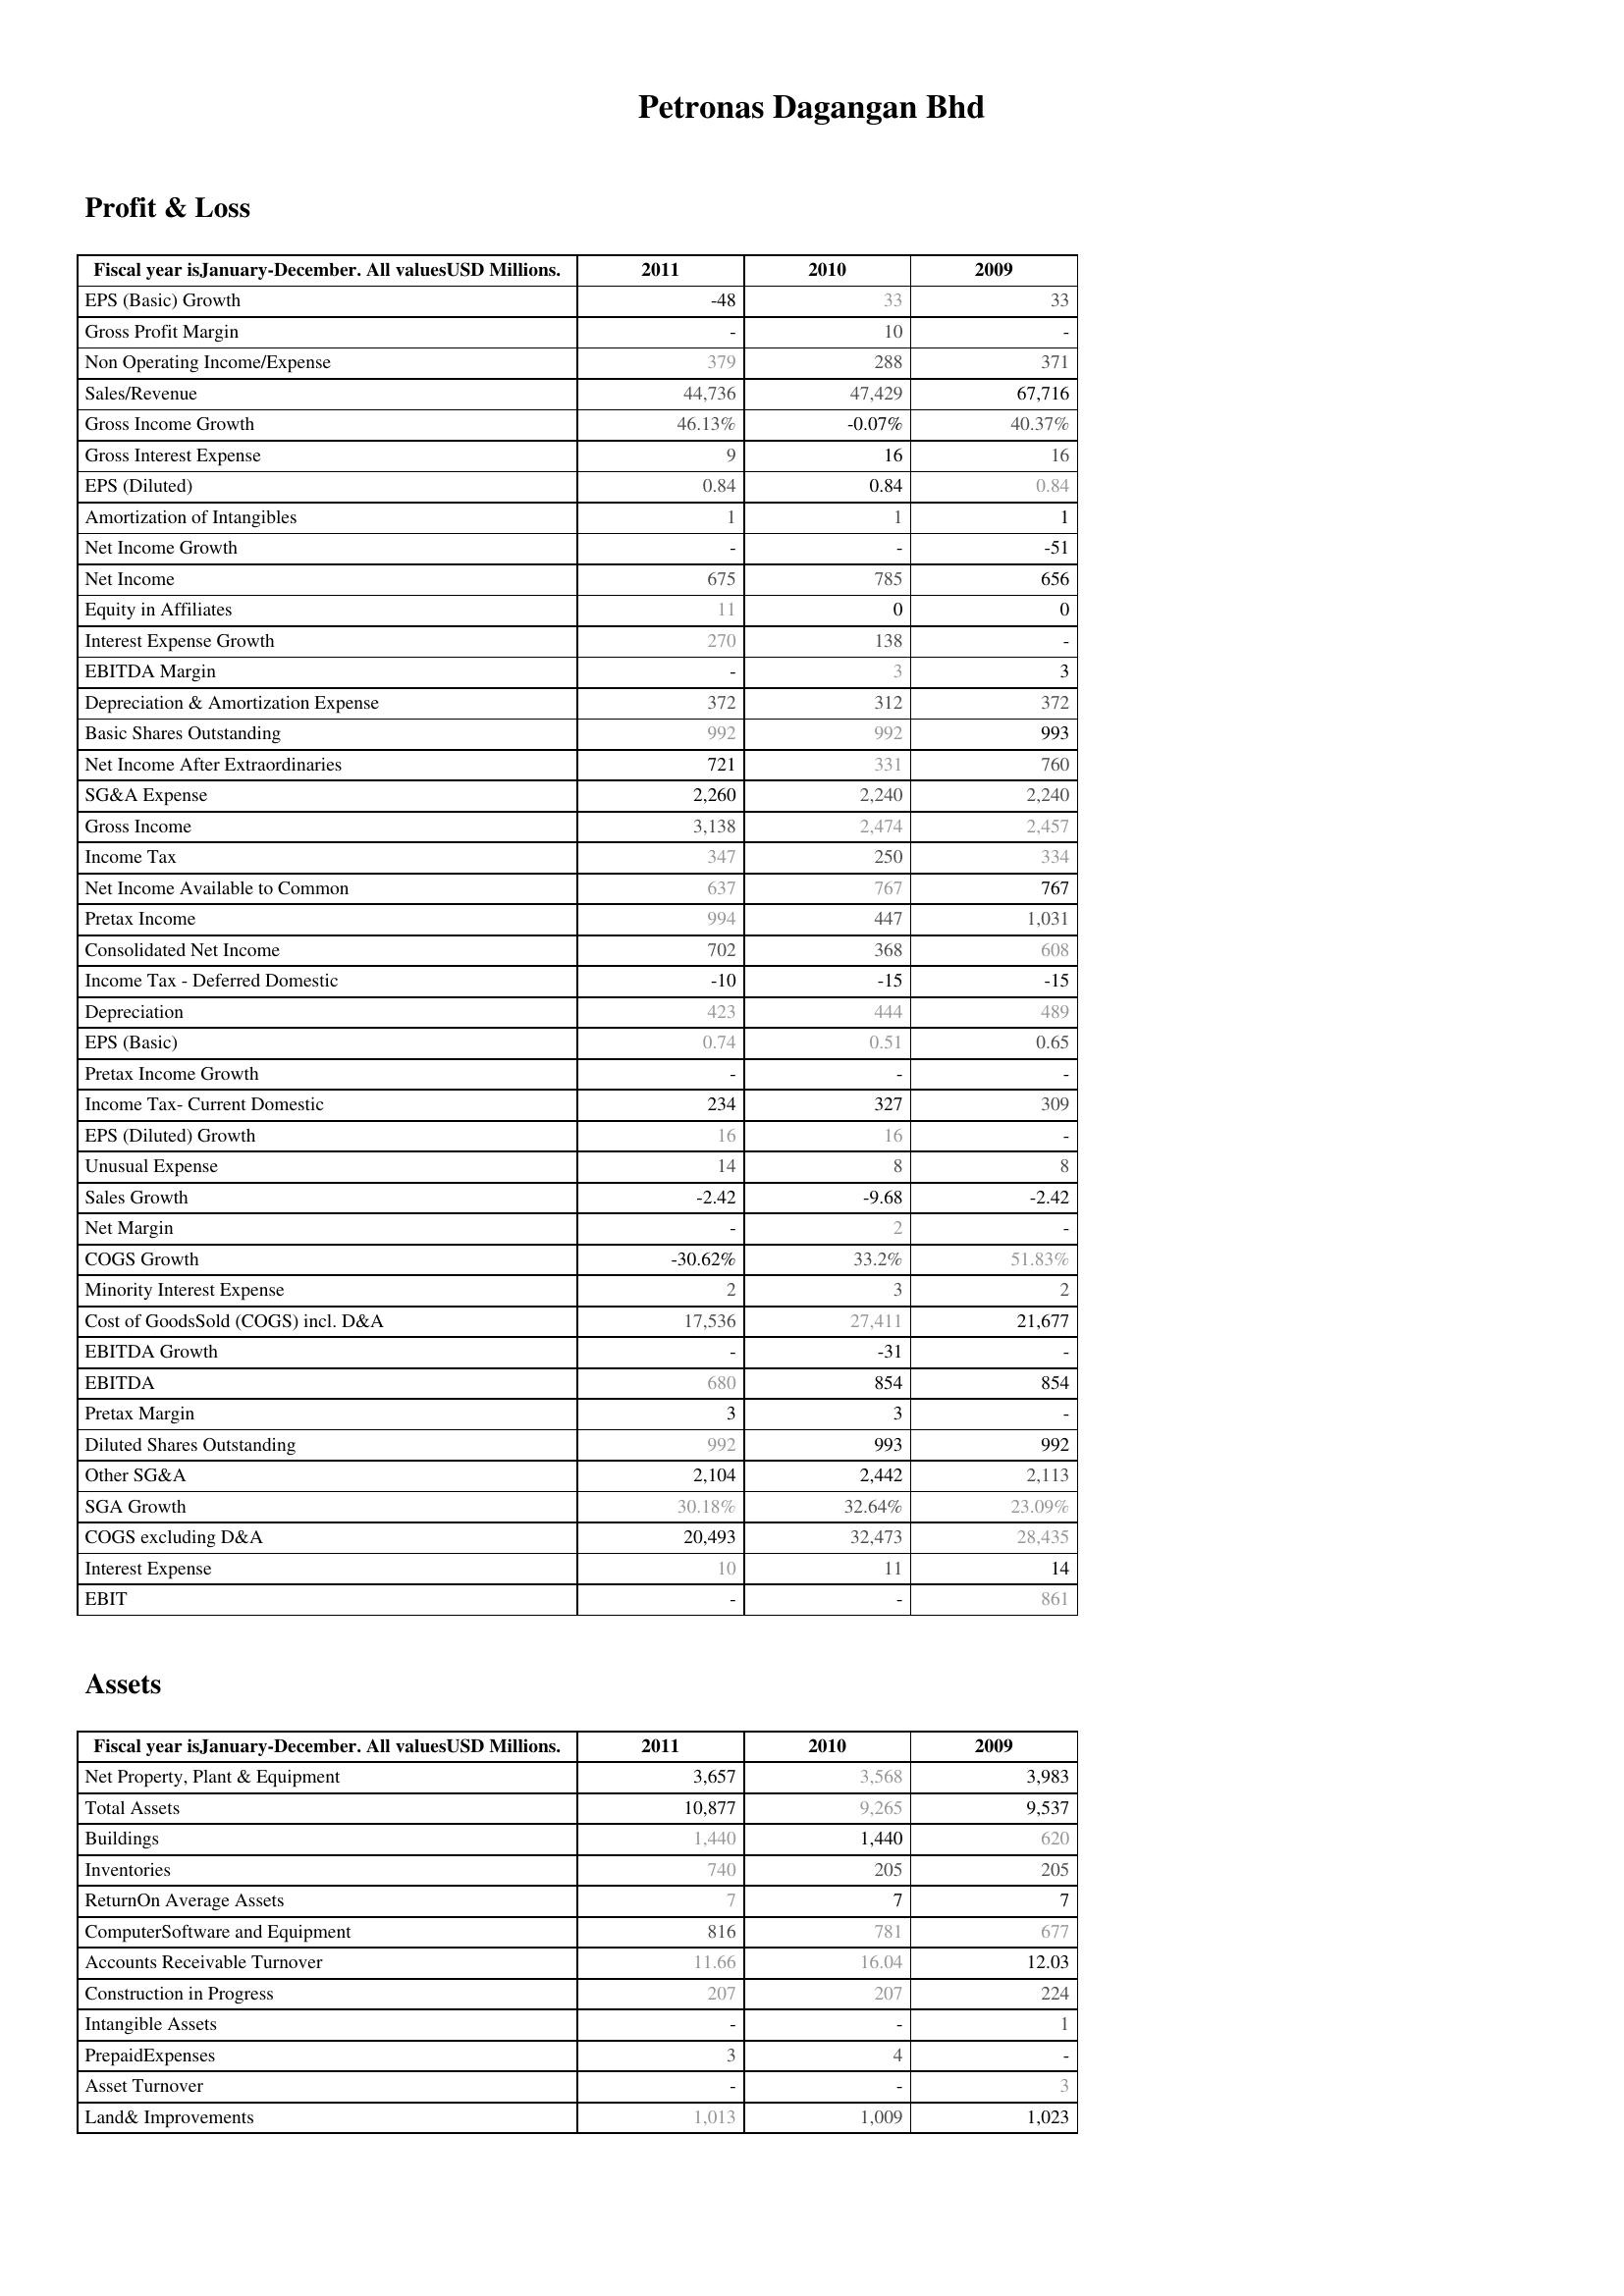
2011: Profit & Loss: EPS (Basic) Growth: -48
Gross Profit Margin: -
Non Operating Income/Expense: 379
Sales/Revenue: 44,736
Gross Income Growth: 46.13%
Gross Interest Expense: 9
EPS (Diluted): 0.84
Amortization of Intangibles: 1
Net Income Growth: -
Net Income: 675
Equity in Affiliates: 11
Interest Expense Growth: 270
EBITDA Margin: -
Depreciation & Amortization Expense: 372
Basic Shares Outstanding: 992
Net Income After Extraordinaries: 721
SG&A Expense: 2,260
Gross Income: 3,138
Income Tax: 347
Net Income Available to Common: 637
Pretax Income: 994
Consolidated Net Income: 702
Income Tax - Deferred Domestic: -10
Depreciation: 423
EPS (Basic): 0.74
Pretax Income Growth: -
Income Tax- Current Domestic: 234
EPS (Diluted) Growth: 16
Unusual Expense: 14
Sales Growth: -2.42
Net Margin: -
COGS Growth: -30.62%
Minority Interest Expense: 2
Cost of GoodsSold (COGS) incl. D&A: 17,536
EBITDA Growth: -
EBITDA: 680
Pretax Margin: 3
Diluted Shares Outstanding: 992
Other SG&A: 2,104
SGA Growth: 30.18%
COGS excluding D&A: 20,493
Interest Expense: 10
EBIT: -
Assets: Net Property, Plant & Equipment: 3,657
Total Assets: 10,877
Buildings: 1,440
Inventories: 740
ReturnOn Average Assets: 7
ComputerSoftware and Equipment: 816
Accounts Receivable Turnover: 11.66
Construction in Progress: 207
Intangible Assets: -
PrepaidExpenses: 3
Asset Turnover: -
Land& Improvements: 1,013
2010: Profit & Loss: EPS (Basic) Growth: 33
Gross Profit Margin: 10
Non Operating Income/Expense: 288
Sales/Revenue: 47,429
Gross Income Growth: -0.07%
Gross Interest Expense: 16
EPS (Diluted): 0.84
Amortization of Intangibles: 1
Net Income Growth: -
Net Income: 785
Equity in Affiliates: 0
Interest Expense Growth: 138
EBITDA Margin: 3
Depreciation & Amortization Expense: 312
Basic Shares Outstanding: 992
Net Income After Extraordinaries: 331
SG&A Expense: 2,240
Gross Income: 2,474
Income Tax: 250
Net Income Available to Common: 767
Pretax Income: 447
Consolidated Net Income: 368
Income Tax - Deferred Domestic: -15
Depreciation: 444
EPS (Basic): 0.51
Pretax Income Growth: -
Income Tax- Current Domestic: 327
EPS (Diluted) Growth: 16
Unusual Expense: 8
Sales Growth: -9.68
Net Margin: 2
COGS Growth: 33.2%
Minority Interest Expense: 3
Cost of GoodsSold (COGS) incl. D&A: 27,411
EBITDA Growth: -31
EBITDA: 854
Pretax Margin: 3
Diluted Shares Outstanding: 993
Other SG&A: 2,442
SGA Growth: 32.64%
COGS excluding D&A: 32,473
Interest Expense: 11
EBIT: -
Assets: Net Property, Plant & Equipment: 3,568
Total Assets: 9,265
Buildings: 1,440
Inventories: 205
ReturnOn Average Assets: 7
ComputerSoftware and Equipment: 781
Accounts Receivable Turnover: 16.04
Construction in Progress: 207
Intangible Assets: -
PrepaidExpenses: 4
Asset Turnover: -
Land& Improvements: 1,009
2009: Profit & Loss: EPS (Basic) Growth: 33
Gross Profit Margin: -
Non Operating Income/Expense: 371
Sales/Revenue: 67,716
Gross Income Growth: 40.37%
Gross Interest Expense: 16
EPS (Diluted): 0.84
Amortization of Intangibles: 1
Net Income Growth: -51
Net Income: 656
Equity in Affiliates: 0
Interest Expense Growth: -
EBITDA Margin: 3
Depreciation & Amortization Expense: 372
Basic Shares Outstanding: 993
Net Income After Extraordinaries: 760
SG&A Expense: 2,240
Gross Income: 2,457
Income Tax: 334
Net Income Available to Common: 767
Pretax Income: 1,031
Consolidated Net Income: 608
Income Tax - Deferred Domestic: -15
Depreciation: 489
EPS (Basic): 0.65
Pretax Income Growth: -
Income Tax- Current Domestic: 309
EPS (Diluted) Growth: -
Unusual Expense: 8
Sales Growth: -2.42
Net Margin: -
COGS Growth: 51.83%
Minority Interest Expense: 2
Cost of GoodsSold (COGS) incl. D&A: 21,677
EBITDA Growth: -
EBITDA: 854
Pretax Margin: -
Diluted Shares Outstanding: 992
Other SG&A: 2,113
SGA Growth: 23.09%
COGS excluding D&A: 28,435
Interest Expense: 14
EBIT: 861
Assets: Net Property, Plant & Equipment: 3,983
Total Assets: 9,537
Buildings: 620
Inventories: 205
ReturnOn Average Assets: 7
ComputerSoftware and Equipment: 677
Accounts Receivable Turnover: 12.03
Construction in Progress: 224
Intangible Assets: 1
PrepaidExpenses: -
Asset Turnover: 3
Land& Improvements: 1,023